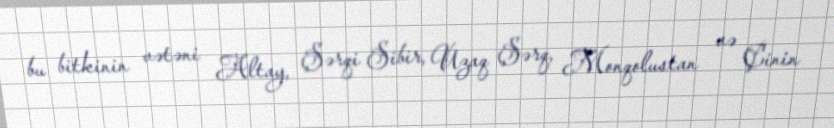
bu bitkinin vətəni Altay, Şərqi Sibir, Uzaq Şərq, Monqolustan və Çinin